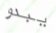
يبدو